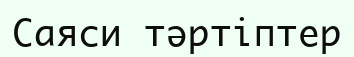
Саяси тәртіптер